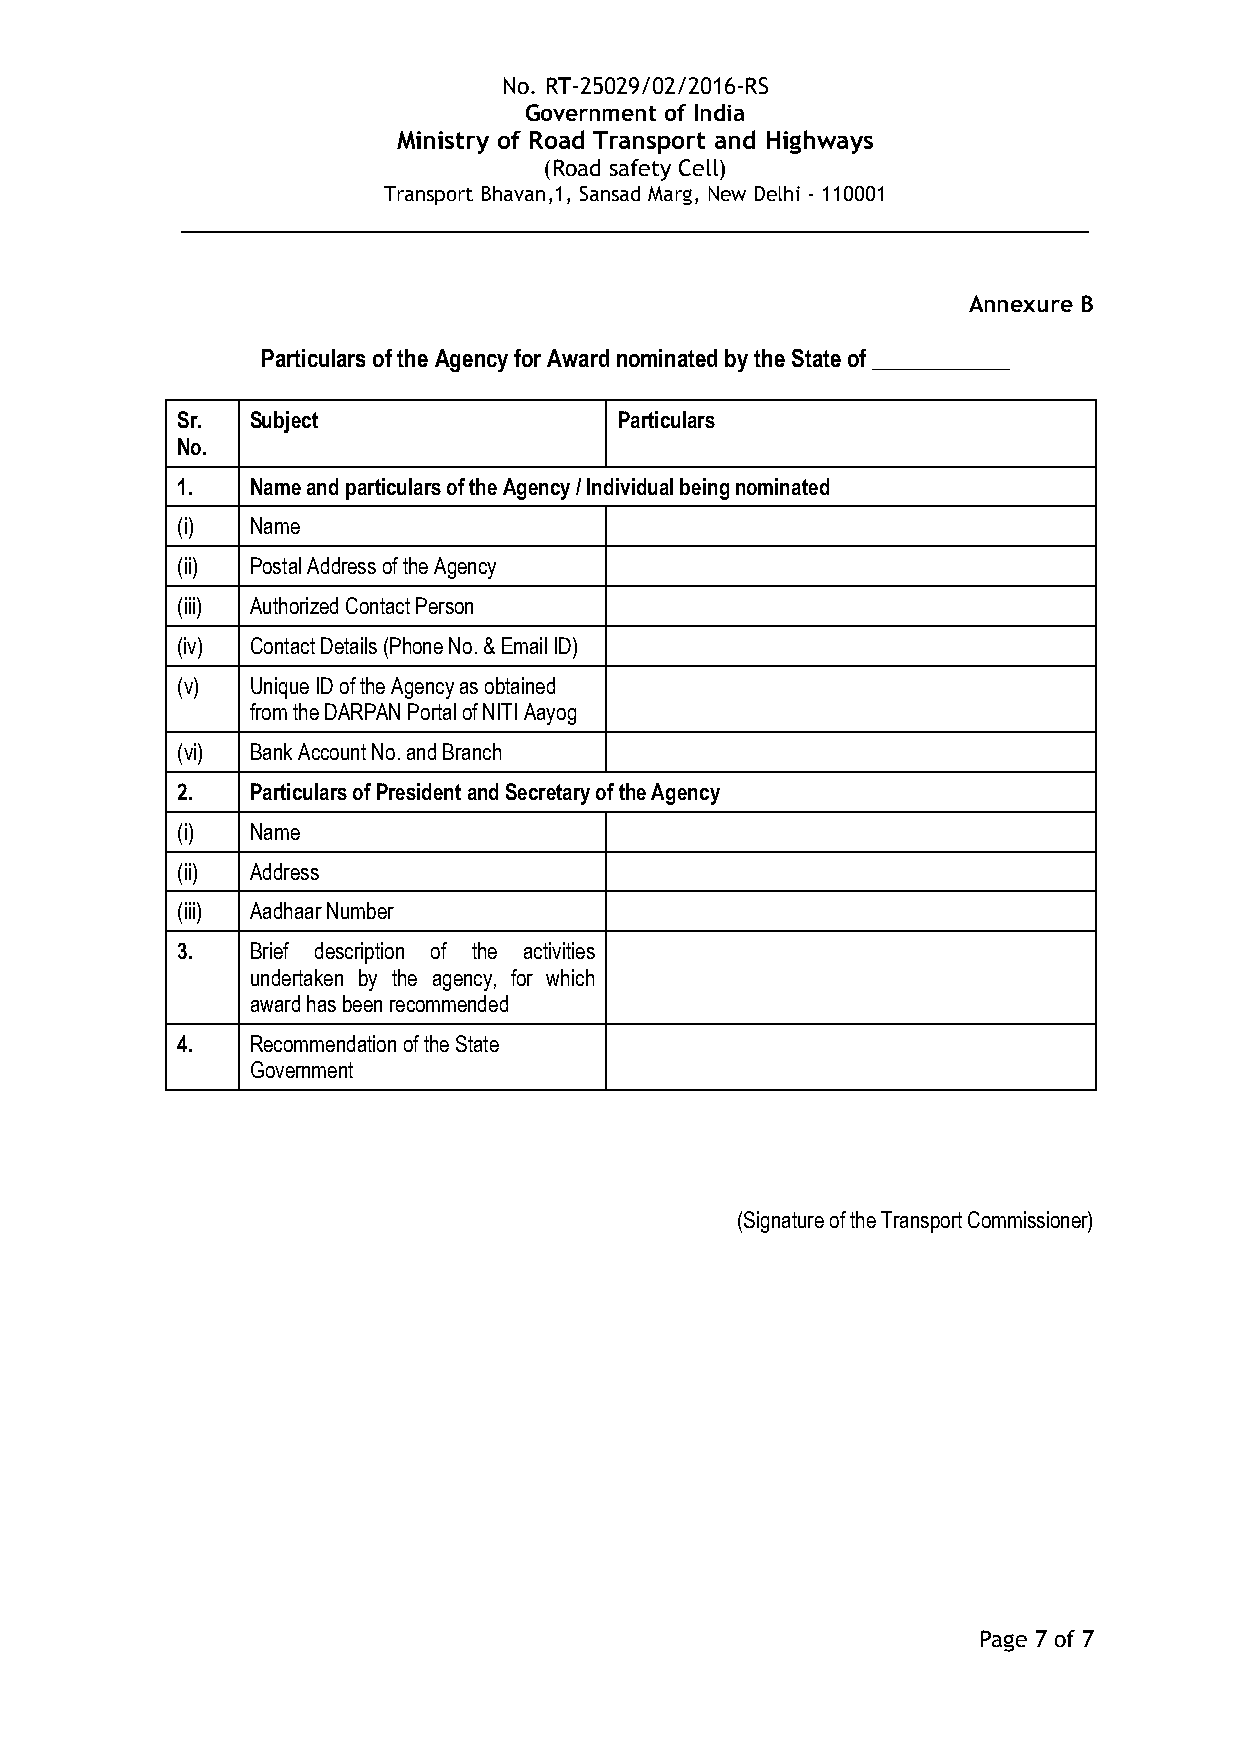
No. RT-25029/02/2016-RS
 Government of India
 Ministry of Road Transport and Highways
 (Road safety Cell)
 Transport Bhavan,1, Sansad Marg, New Delhi - 110001
 __________________________________________________________
 Annexure B
 Particulars of the Agency for Award nominated by the State of ____________
 Sr.  Subject                 Particulars
 No.
 1.   Name and particulars of the Agency / Individual being nominated
 (i)  Name
 (ii) Postal Address of the Agency
 (iii) Authorized Contact Person
 (iv) Contact Details (Phone No. & Email ID)
 (v)  Unique ID of the Agency as obtained
 from the DARPAN Portal of NITI Aayog
 (vi) Bank Account No. and Branch
 2.   Particulars of President and Secretary of the Agency
 (i)  Name
 (ii) Address
 (iii) Aadhaar Number
 3.   Brief description of the activities
 undertaken by the agency, for which
 award has been recommended
 4.   Recommendation of the State
 Government
 (Signature of the Transport Commissioner)
 Page 7 of 7